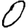
Digit: 0